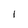
Character: 1